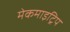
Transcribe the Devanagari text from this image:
मेकमाइट्रिप